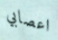
اعصابي